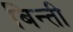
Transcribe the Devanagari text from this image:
बिन्ती